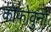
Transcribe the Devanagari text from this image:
कोफोवुनो